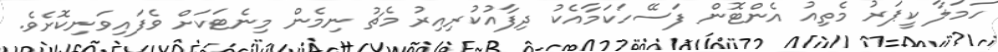
ހަމަލާ ކީޕަރު މެތިއު އެންޓޮން ފަސޭހަކަމާއެކު ދިފާއުކުރިއިރު މެޗު ނިމެން މިނެޓަކަށް ވެފައިވަނިކޮށެވެ.